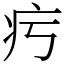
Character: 㽲